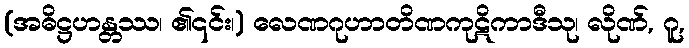
(အဓိဋ္ဌဟန္တဿ၊ ၏၎င်း၊) လေဏဂုဟာတိဏကုဋိကာဒီသု၊ လိုဏ်, ဂူ,